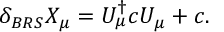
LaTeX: \delta _ { B R S } X _ { \mu } = U _ { \mu } ^ { \dagger } c U _ { \mu } + c .